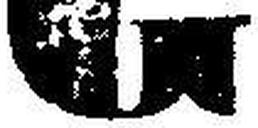
G